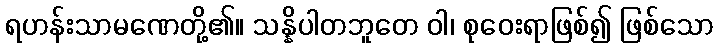
ရဟန်းသာမဏေတို့၏။ သန္နိပါတဘူတေ ဝါ၊ စုဝေးရာဖြစ်၍ ဖြစ်သော